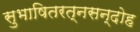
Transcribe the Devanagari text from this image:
सुभाषितरत्नसन्दोह